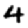
Digit: 4